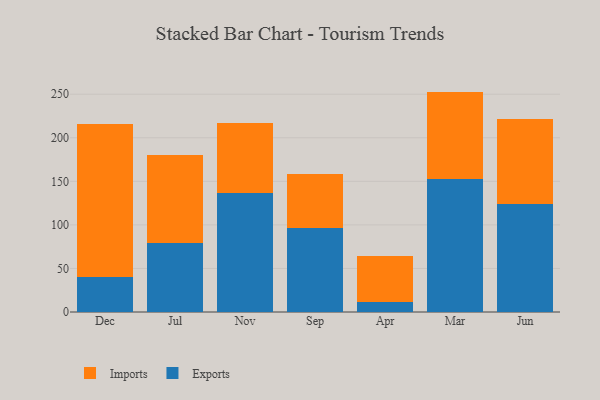
{"axis": {"x": "Month", "y": "Demand Index"}, "legend": ["Exports", "Imports"], "data": [{"x": "Dec", "y": 40.3, "type": "Exports"}, {"x": "Dec", "y": 175.2, "type": "Imports"}, {"x": "Jul", "y": 78.7, "type": "Exports"}, {"x": "Jul", "y": 102.0, "type": "Imports"}, {"x": "Nov", "y": 136.2, "type": "Exports"}, {"x": "Nov", "y": 80.4, "type": "Imports"}, {"x": "Sep", "y": 96.4, "type": "Exports"}, {"x": "Sep", "y": 62.0, "type": "Imports"}, {"x": "Apr", "y": 11.7, "type": "Exports"}, {"x": "Apr", "y": 52.9, "type": "Imports"}, {"x": "Mar", "y": 153.2, "type": "Exports"}, {"x": "Mar", "y": 99.8, "type": "Imports"}, {"x": "Jun", "y": 124.0, "type": "Exports"}, {"x": "Jun", "y": 97.5, "type": "Imports"}]}